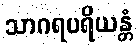
သာဂရပရိယန္တံ